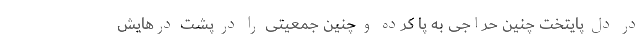
در دل پایتخت چنین حراجی به پا کرده و چنین جمعیتی را در پشت درهایش